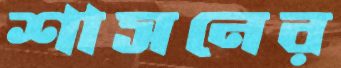
শাসনের